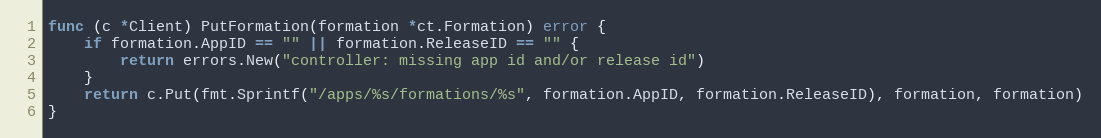
Language: Go
func (c *Client) PutFormation(formation *ct.Formation) error {
	if formation.AppID == "" || formation.ReleaseID == "" {
		return errors.New("controller: missing app id and/or release id")
	}
	return c.Put(fmt.Sprintf("/apps/%s/formations/%s", formation.AppID, formation.ReleaseID), formation, formation)
}